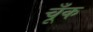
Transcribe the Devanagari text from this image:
चूँक